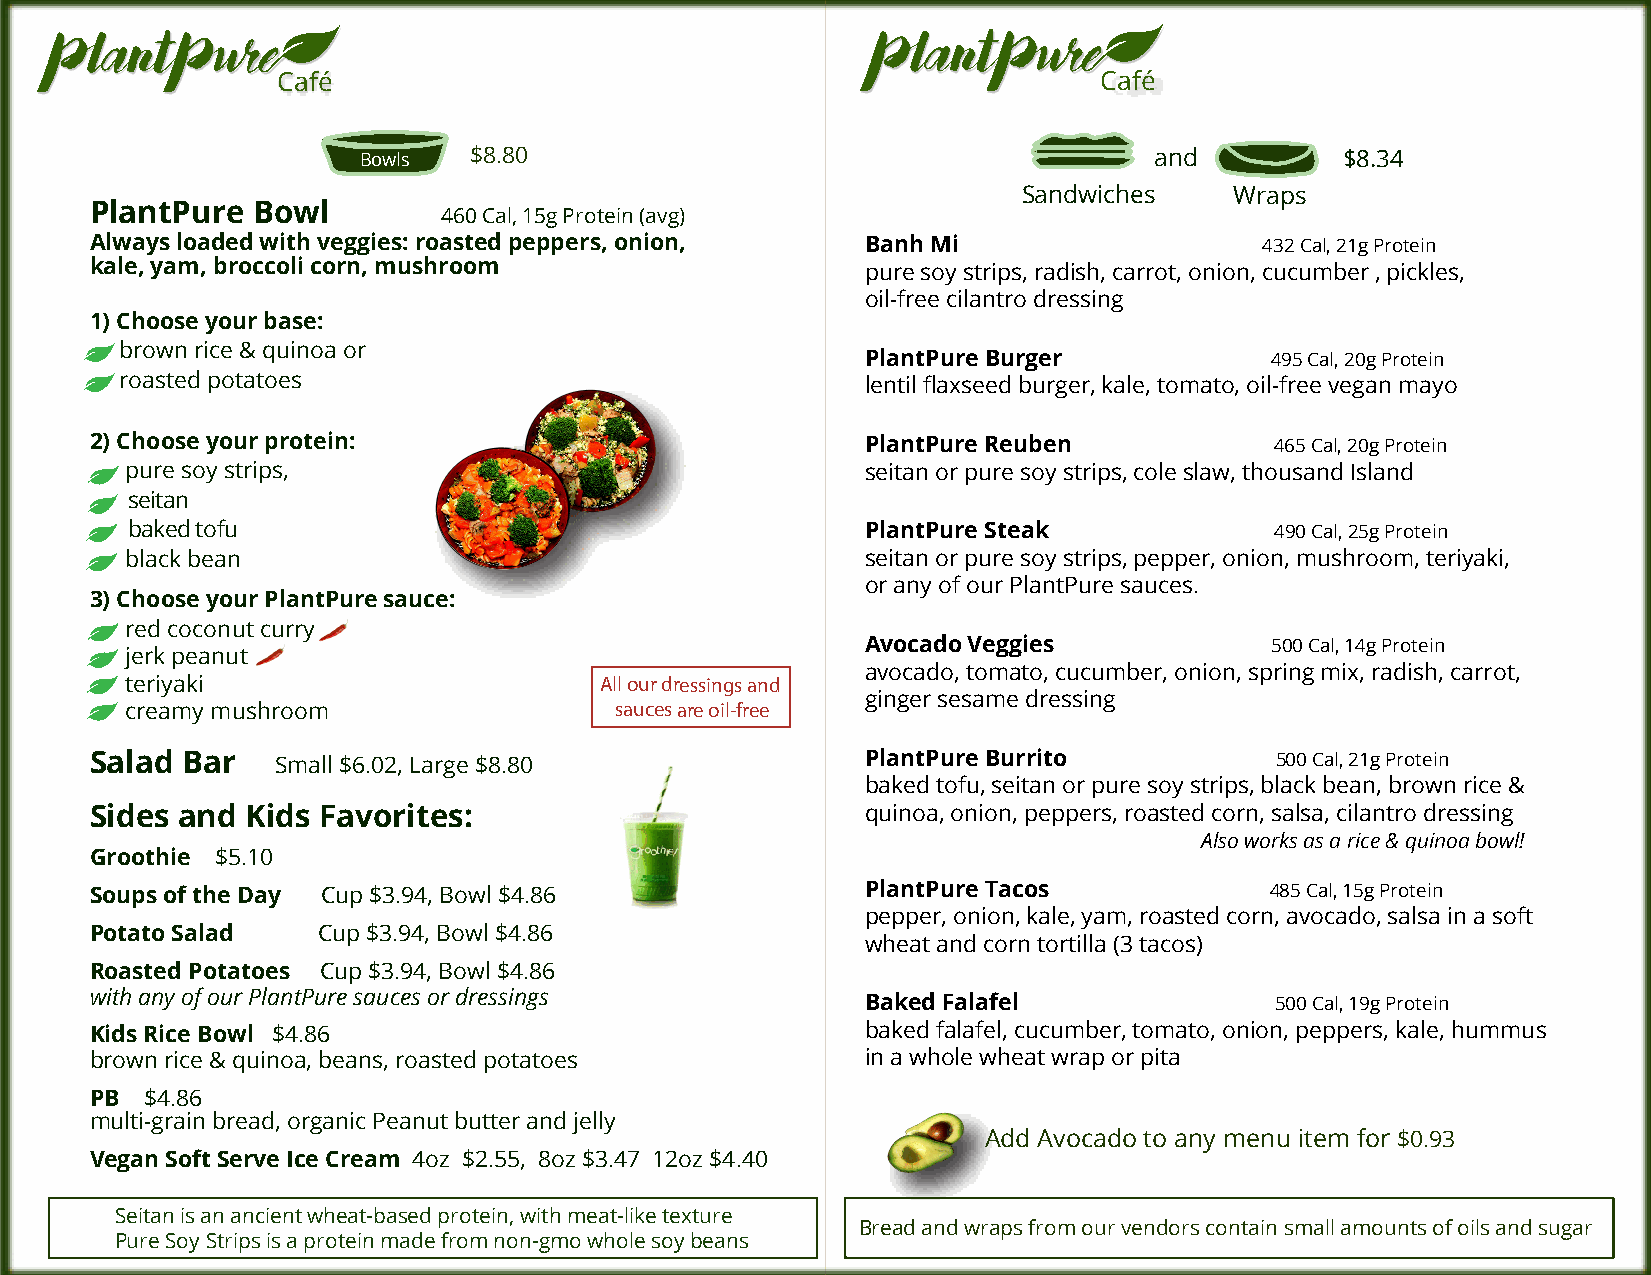
Café                                                   Café
 Bowls  $8.80                                        and          $8.34
 Sandwiches    Wraps
 PlantPure  Bowl
 460 Cal, 15g Protein (avg)
 Always loaded with veggies: roasted peppers, onion, Banh Mi                   432 Cal, 21g Protein
 kale, yam, broccoli corn, mushroom                 pure soy strips, radish, carrot, onion, cucumber , pickles,
 oil-free cilantro dressing
 1) Choose your base:
 brown rice & quinoa or
 PlantPure Burger           495 Cal, 20g Protein
 roasted potatoes                                 lentil flaxseed burger, kale, tomato, oil-free vegan mayo
 2) Choose your protein:                            PlantPure Reuben           465 Cal, 20g Protein
 pure soy strips,                                 seitan or pure soy strips, cole slaw, thousand Island
 seitan
 baked tofu                                       PlantPure Steak            490 Cal, 25g Protein
 black bean                                       seitan or pure soy strips, pepper, onion, mushroom, teriyaki,
 or any of our PlantPure sauces.
 3) Choose your PlantPure sauce:
 red coconut curry
 Avocado Veggies            500 Cal, 14g Protein
 jerk peanut
 avocado, tomato, cucumber, onion, spring mix, radish, carrot,
 teriyaki                        All our dressings and
 ginger sesame dressing
 creamy mushroom                  sauces are oil-free
 Salad Bar   Small $6.02, Large $8.80               PlantPure Burrito          500 Cal, 21g Protein
 baked tofu, seitan or pure soy strips, black bean, brown rice &
 Sides and Kids Favorites:                          quinoa, onion, peppers, roasted corn, salsa, cilantro dressing
 Also works as a rice & quinoa bowl!
 Groothie $5.10
 Soups of the Day Cup $3.94, Bowl $4.86             PlantPure Tacos            485 Cal, 15g Protein
 pepper, onion, kale, yam, roasted corn, avocado, salsa in a soft
 Potato Salad   Cup $3.94, Bowl $4.86
 wheat and corn tortilla (3 tacos)
 Roasted Potatoes Cup $3.94, Bowl $4.86
 with any of our PlantPure sauces or dressings
 Baked Falafel              500 Cal, 19g Protein
 Kids Rice Bowl $4.86                               baked falafel, cucumber, tomato, onion, peppers, kale, hummus
 brown rice & quinoa, beans, roasted potatoes       in a whole wheat wrap or pita
 PB $4.86
 multi-grain bread, organic Peanut butter and jelly
 Add Avocado to any menu item for $0.93
 Vegan Soft Serve Ice Cream 4oz $2.55, 8oz $3.47 12oz $4.40
 Seitan is an ancient wheat-based protein, with meat-like texture
 Bread and wraps from our vendors contain small amounts of oils and sugar
 Pure Soy Strips is a protein made from non-gmo whole soy beans